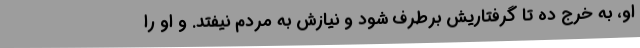
او، به خرج ده تا گرفتاریش برطرف شود و نیازش به مردم نیفتد. و او را